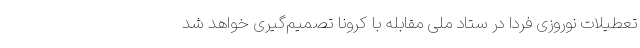
تعطیلات نوروزی فردا در ستاد ملی مقابله با کرونا تصمیم‌گیری خواهد شد